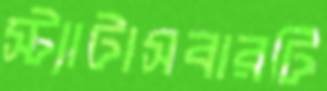
স্ট্যাটাসবারটি